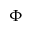
\Phi